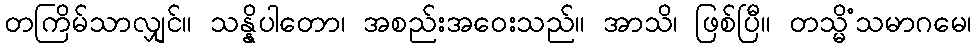
တကြိမ်သာလျှင်။ သန္နိပါတော၊ အစည်းအဝေးသည်။ အာသိ၊ ဖြစ်ပြီ။ တသ္မိံသမာဂမေ၊